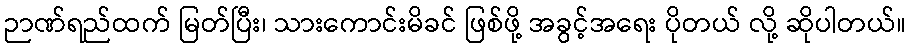
ဉာဏ်ရည်ထက် မြတ်ပြီး၊ သားကောင်းမိခင် ဖြစ်ဖို့ အခွင့်အရေး ပိုတယ် လို့ ဆိုပါတယ်။